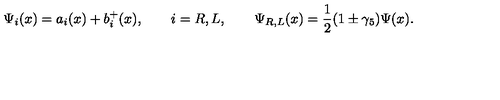
\Psi _ { i } ( x ) = a _ { i } ( x ) + b _ { i } ^ { + } ( x ) , \qquad i = R , L , \qquad \Psi _ { R , L } ( x ) = \frac 1 2 ( 1 \pm \gamma _ { 5 } ) \Psi ( x ) .